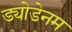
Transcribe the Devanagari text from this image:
ड्योडेनम